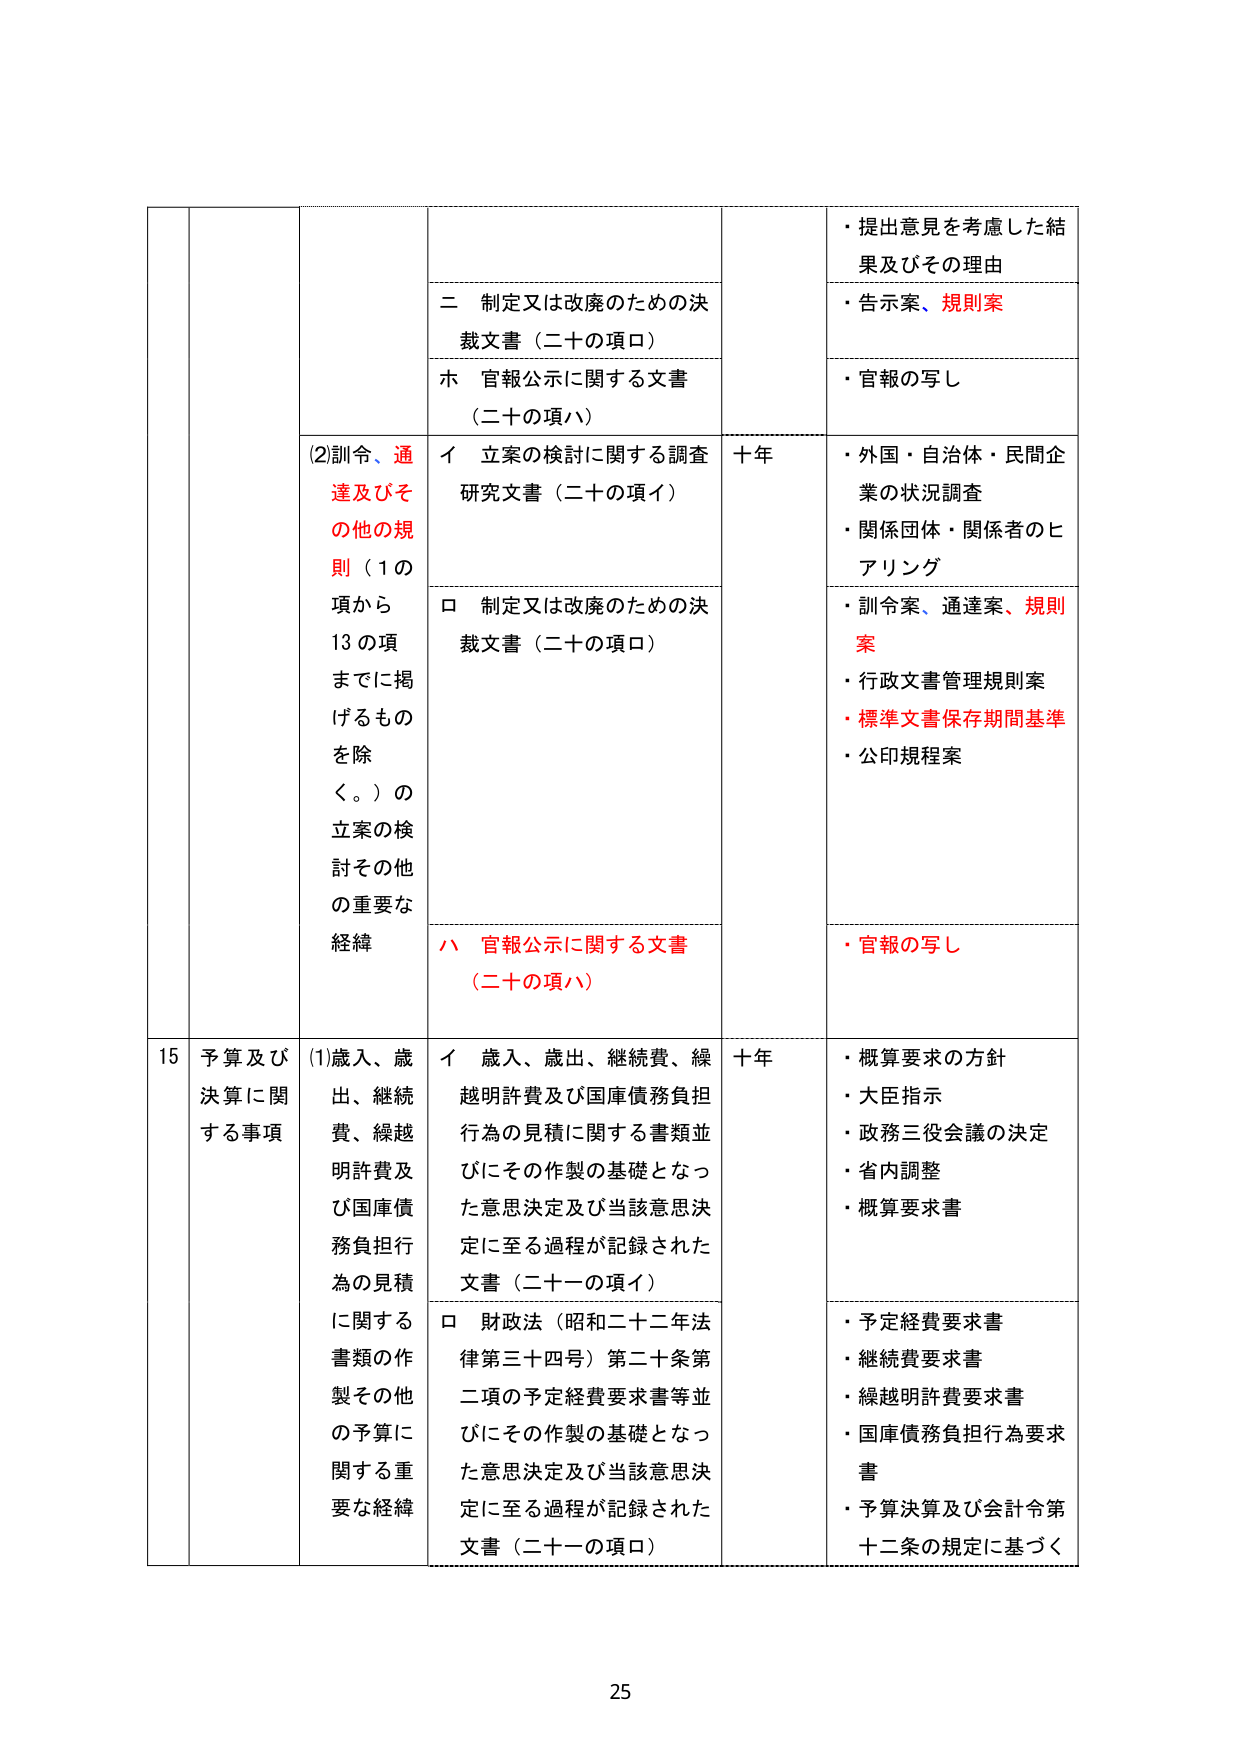
・提出意見を考慮した結果及びその理由
・告示案、規則案
二 制定又は改廃のための決裁文書（二十の項ロ）
ホ 官報公示に関する文書（二十の項ハ）
・官報の写し
(2)訓令、通達及びその他の規則（1の項から13の項までに掲げるものを除く。）の立案の検討その他的重要な経緯
イ 立案の検討に関する調査研究文書（二十の項イ）
十年
・外国・自治体・民間企業の状況調査
・関係団体・関係者のヒアリング
ロ 制定又は改廃のための決裁文書（二十の項ロ）
・訓令案、通達案、規則案
・行政文書管理規則案
・標準文書保存期間基準
・公印規程案
ハ 官報公示に関する文書（二十の項ハ）
・官報の写し
15 予算及び決算に関する事項
(1)歳入、歳出、継続費、繰越明許費及び国庫債務負担行為の見積に関する書類の作製その他予算に関する重要な経緯
イ 歳入、歳出、継続費、繰越明許費及び国庫債務負担行為の見積に関する書類並びにその作製の基礎となった意思決定及び当該意思決定に至る過程が記録された文書（二十ーの項イ）
十年
・概算要求の方針
・大臣指示
・政務三役会議の決定
・省内調整
・概算要求書
ロ 財政法（昭和二十二年法律第三十四号）第二十条第二項の予定経費要求書等並びにその作製の基礎となった意思決定及び当該意思決定に至る過程が記録された文書（二十ーの項ロ）
・予定経費要求書
・継続費要求書
・繰越明許費要求書
・国庫債務負担行為要求書
・予算決算及び会計令第十二条の規定に基づく
25